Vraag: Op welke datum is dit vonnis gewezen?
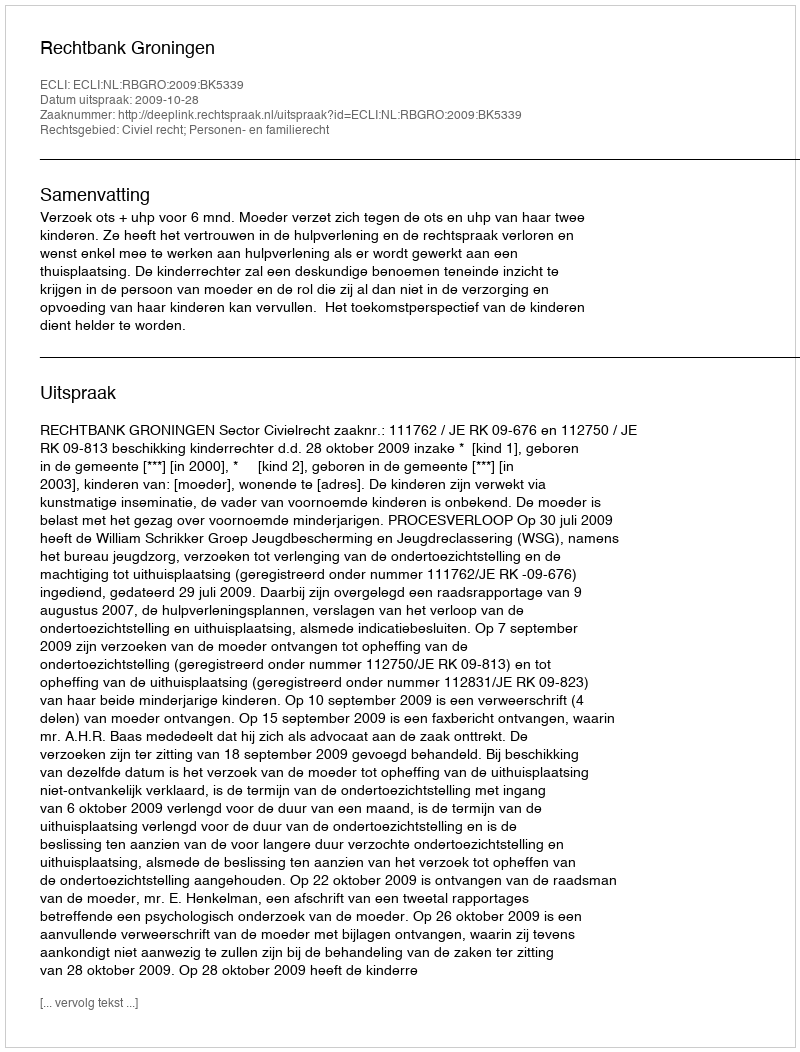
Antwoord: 2009-10-28